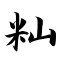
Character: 籼